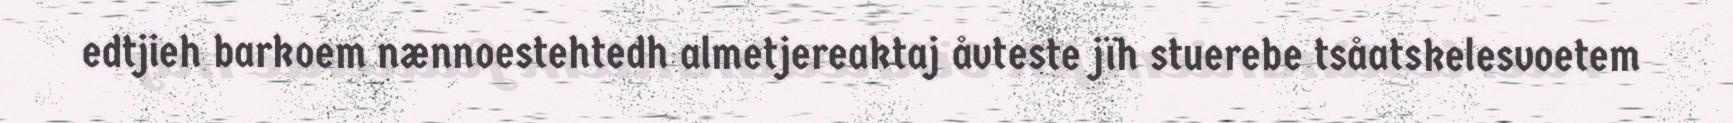
edtjieh barkoem nænnoestehtedh almetjereaktaj åvteste jïh stuerebe tsåatskelesvoetem